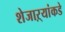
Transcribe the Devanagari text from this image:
शेजाऱ्यांकडे